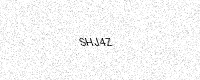
Text: SHJ4Z